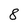
Character: 8